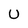
Character: U